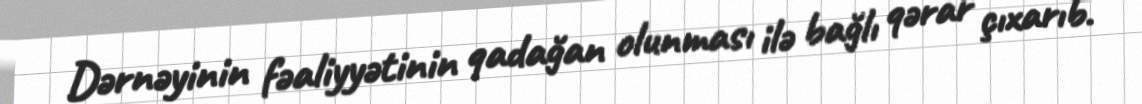
Dərnəyinin fəaliyyətinin qadağan olunması ilə bağlı qərar çıxarıb.